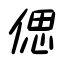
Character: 偲